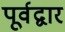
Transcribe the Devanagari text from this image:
पूर्वद्वार